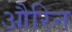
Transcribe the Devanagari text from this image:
औरिन